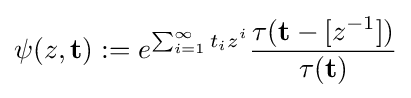
\psi (z,\mathbf {t} ):=e^{\sum _{i=1}^{\infty }t_{i}z^{i}}{\frac {\tau (\mathbf {t} -[z^{-1}])}{\tau (\mathbf {t} )}}